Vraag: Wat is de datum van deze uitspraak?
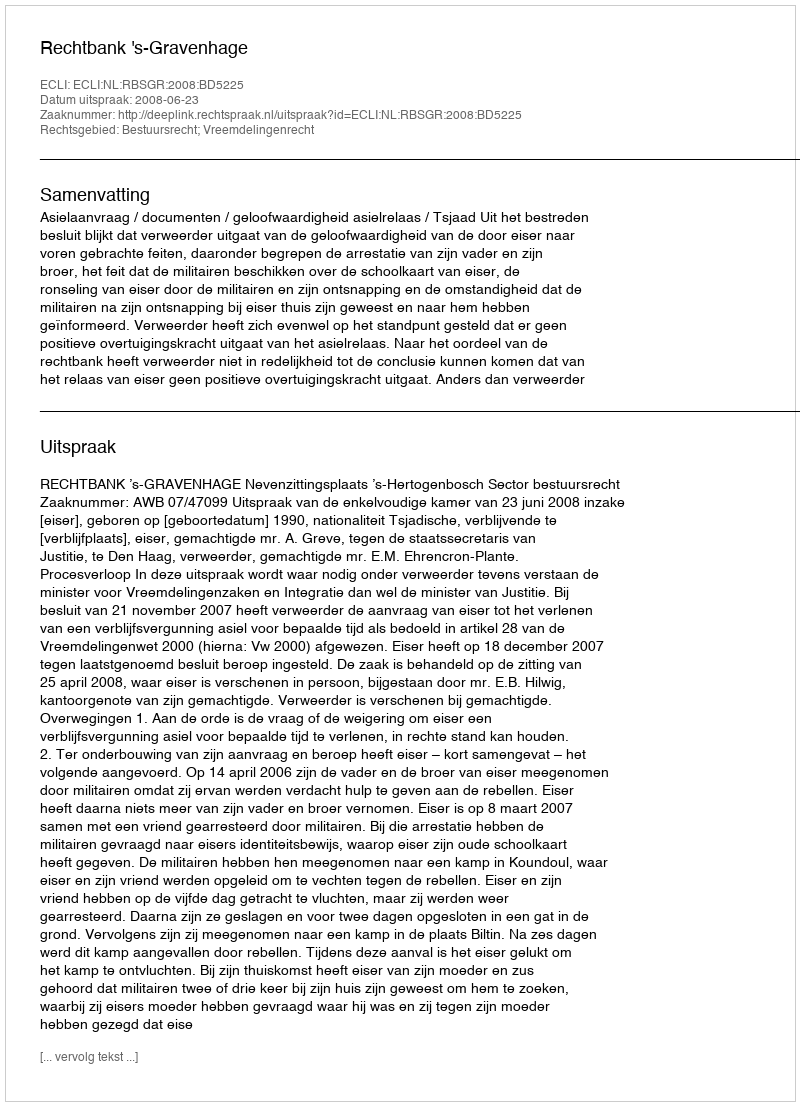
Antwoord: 2008-06-23